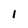
Character: 1